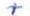
+